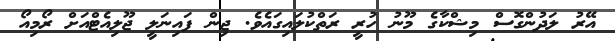
އޭރު ލަދުންގޮސް މިޝްކާގެ މޫނު ހުރީ ރަތްކުލައިގައެވެ. ޖިން ފައިނަލީ ޖޫލިއެޓްއަށް ރޯމިއޯ